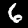
Label: 6